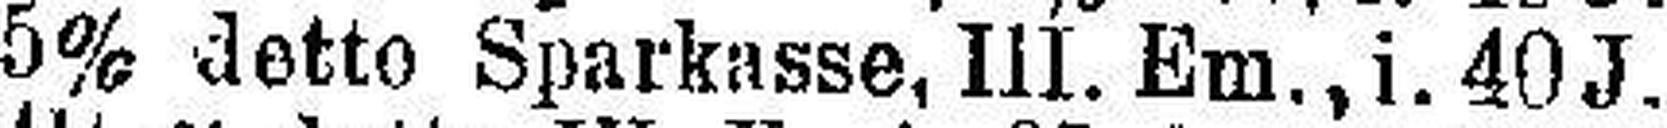
5% detto Sparkasse, III. Em., i. 40 J. v.